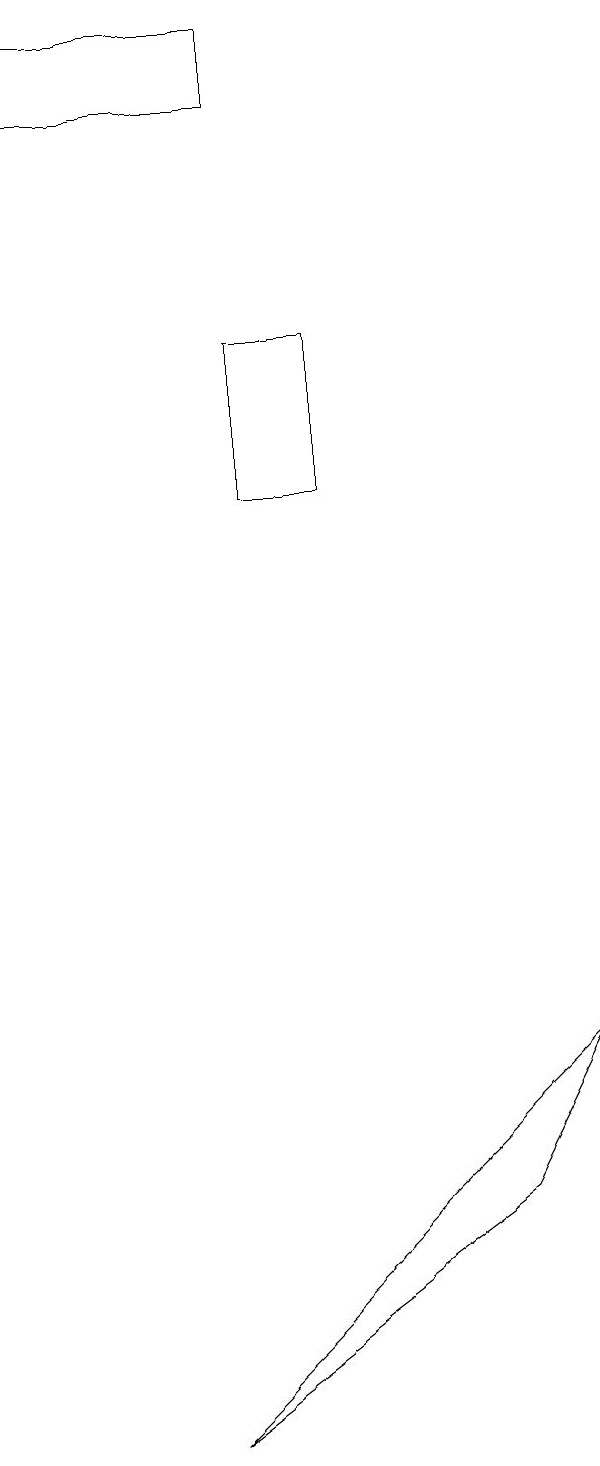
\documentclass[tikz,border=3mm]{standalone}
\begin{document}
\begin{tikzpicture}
\draw (7,6) -- (2,1) -- (6,4) -- cycle;
\draw (3,19) rectangle (0,18);
\draw (4,15) rectangle (3,13);
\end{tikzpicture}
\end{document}